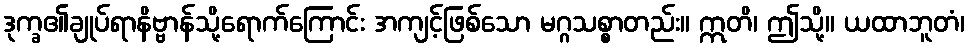
ဒုက္ခ၏ချုပ်ရာနိဗ္ဗာန်သို့ရောက်ကြောင်း အကျင့်ဖြစ်သော မဂ္ဂသစ္စာတည်း။ ဣတိ၊ ဤသို့။ ယထာဘူတံ၊